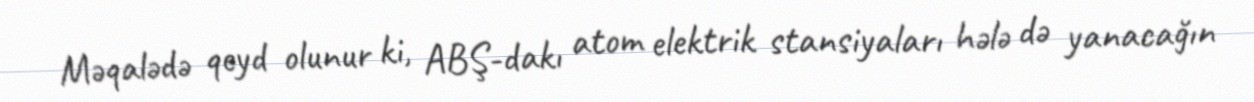
Məqalədə qeyd olunur ki, ABŞ-dakı atom elektrik stansiyaları hələ də yanacağın